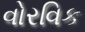
વોરવિક